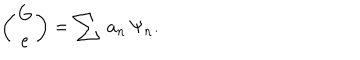
LaTeX: \left( \begin{array} { c } { { G } } \\ { { e } } \\ \end{array} \right) = \sum \, a _ { n } \, \Psi _ { n } . \nonumber